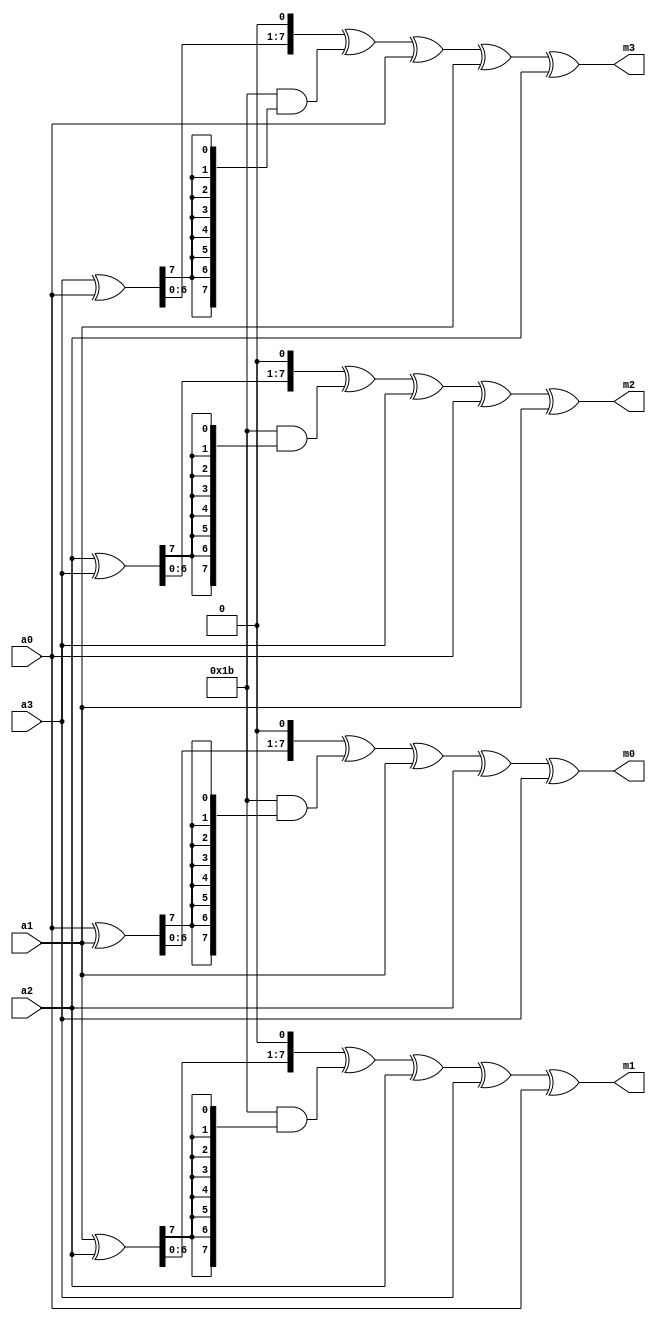
module MixCol(

   input       [7:0] a3,
   input       [7:0] a2,
   input       [7:0] a1,
   input       [7:0] a0,

   output wire [7:0] m3,
   output wire [7:0] m2,
   output wire [7:0] m1,
   output wire [7:0] m0

);

   wire [7:0] X0, X1, X2, X3;

   assign X3 = a3 ^ a0;
   assign X2 = a2 ^ a3;
   assign X1 = a1 ^ a2;
   assign X0 = a0 ^ a1;

   assign m3 = xtime(X3) ^ a0 ^ a1 ^ a2 ;
   assign m2 = xtime(X2) ^ a3 ^ a0 ^ a1 ;
   assign m1 = xtime(X1) ^ a2 ^ a3 ^ a0 ;
   assign m0 = xtime(X0) ^ a1 ^ a2 ^ a3 ;

   function [7:0] xtime;   // multiplication by 02 in GF(2^8)
      input [7:0] x;

      begin

         xtime =  {x[6:0], 1'b0} ^ (8'h1B & { 8 {x[7]}});

      end

   endfunction

endmodule